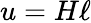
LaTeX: u=H\ell